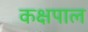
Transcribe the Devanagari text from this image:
कक्षपाल